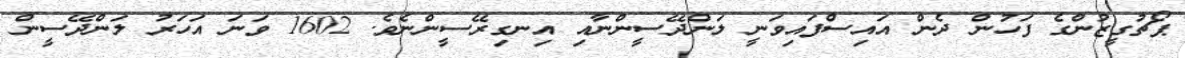
ޕޯޗުގީޒުންގެ ފަހުން ދެން އައިސްފައިވަނީ ލަންދޭސީންނާއި އިނގިރޭސީންނެވެ. 1602 ވަނަ އަހަރު ލަންދޭސީން